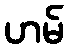
ဟမ်